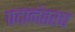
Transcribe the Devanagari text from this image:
पदानंतरच